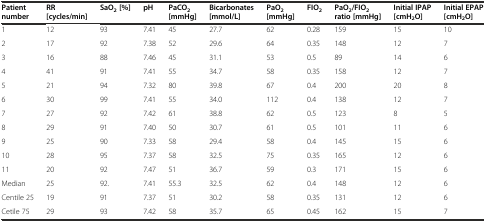
<table><thead><tr><td><b>Patient number</b></td><td><b>RR [cycles/min]</b></td><td><b>SaO<sub>2</sub>[%]</b></td><td><b>pH</b></td><td><b>PaCO<sub>2</sub>[mmHg]</b></td><td><b>Bicarbonates [mmol/L]</b></td><td><b>PaO<sub>2</sub>[mmHg]</b></td><td><b>FIO<sub>2</sub></b></td><td><b>PaO<sub>2</sub>/FIO<sub>2</sub>ratio [mmHg]</b></td><td><b>Initial IPAP [cmH<sub>2</sub>O]</b></td><td><b>Initial EPAP [cmH<sub>2</sub>O]</b></td></tr></thead><tbody><tr><td>1</td><td>12</td><td>93</td><td>7.41</td><td>45</td><td>27.7</td><td>62</td><td>0.28</td><td>159</td><td>15</td><td>10</td></tr><tr><td>2</td><td>17</td><td>92</td><td>7.38</td><td>52</td><td>29.6</td><td>64</td><td>0.35</td><td>148</td><td>12</td><td>7</td></tr><tr><td>3</td><td>16</td><td>88</td><td>7.46</td><td>45</td><td>31.1</td><td>53</td><td>0.5</td><td>89</td><td>14</td><td>6</td></tr><tr><td>4</td><td>41</td><td>91</td><td>7.41</td><td>55</td><td>34.7</td><td>58</td><td>0.35</td><td>158</td><td>12</td><td>7</td></tr><tr><td>5</td><td>21</td><td>94</td><td>7.32</td><td>80</td><td>39.8</td><td>67</td><td>0.4</td><td>200</td><td>20</td><td>8</td></tr><tr><td>6</td><td>30</td><td>99</td><td>7.41</td><td>55</td><td>34.0</td><td>112</td><td>0.4</td><td>138</td><td>12</td><td>7</td></tr><tr><td>7</td><td>27</td><td>92</td><td>7.42</td><td>61</td><td>38.8</td><td>62</td><td>0.5</td><td>123</td><td>8</td><td>5</td></tr><tr><td>8</td><td>29</td><td>91</td><td>7.40</td><td>50</td><td>30.7</td><td>61</td><td>0.5</td><td>101</td><td>11</td><td>6</td></tr><tr><td>9</td><td>25</td><td>90</td><td>7.33</td><td>58</td><td>29.4</td><td>58</td><td>0.4</td><td>145</td><td>15</td><td>6</td></tr><tr><td>10</td><td>28</td><td>95</td><td>7.37</td><td>58</td><td>32.5</td><td>75</td><td>0.35</td><td>165</td><td>12</td><td>6</td></tr><tr><td>11</td><td>20</td><td>92</td><td>7.47</td><td>51</td><td>36.7</td><td>59</td><td>0.3</td><td>171</td><td>15</td><td>6</td></tr><tr><td>Median</td><td>25</td><td>92.</td><td>7.41</td><td>55.3</td><td>32.5</td><td>62</td><td>0.4</td><td>148</td><td>12</td><td>6</td></tr><tr><td>Centile 25</td><td>19</td><td>91</td><td>7.37</td><td>51</td><td>30.2</td><td>58</td><td>0.35</td><td>131</td><td>12</td><td>6</td></tr><tr><td>Cetile 75</td><td>29</td><td>93</td><td>7.42</td><td>58</td><td>35.7</td><td>65</td><td>0.45</td><td>162</td><td>15</td><td>7</td></tr></tbody></table>